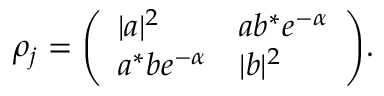
\rho _ { j } = { \left( \begin{array} { l l } { | a | ^ { 2 } } & { a b ^ { * } e ^ { - \alpha } } \\ { a ^ { * } b e ^ { - \alpha } } & { | b | ^ { 2 } } \end{array} \right) } .